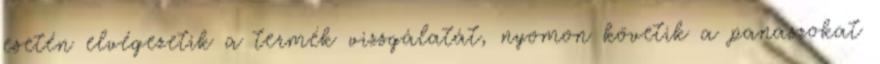
esetén elvégezetik a termék vizsgálatát, nyomon követik a panaszokat